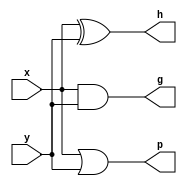
module in(g,p,h,x,y);

	output g,p,h;
	input x,y;

	and and_g(g,x,y);
	or or_p(p,x,y);
	xor xor_h(h,x,y);

endmodule